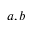
a , b